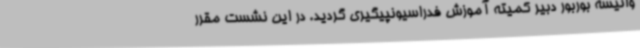
وانیسه بوربور دبیر کمیته آموزش فدراسیونپیگیری گردید. در این نشست مقرر